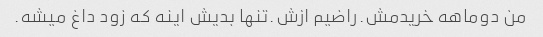
من دوماهه خریدمش.راضیم ازش.تنها بدیش اینه که زود داغ میشه.